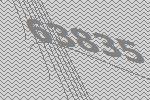
63835